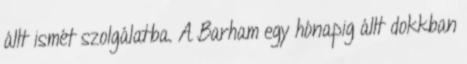
állt ismét szolgálatba. A Barham egy hónapig állt dokkban